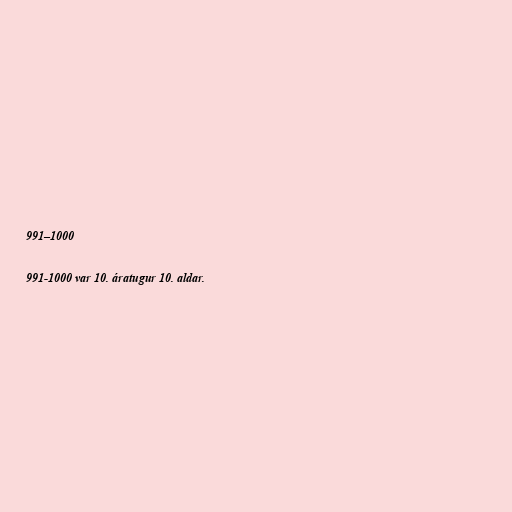
991–1000

991-1000 var 10. áratugur 10. aldar.